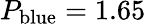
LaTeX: P_{\mathrm{blue}}=1.65